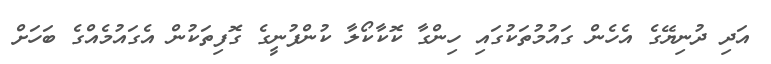
އަދި ދުނިޔޭގެ އެހެން ގައުމުތަކުގައި ހިންގާ ކޮކާކޯލާ ކުންފުނީގެ ގޮފިތަކުން އެގައުމެއްގެ ބަހަށް